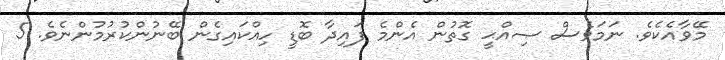
މޭވާއެކެވެ. ނަމަވެސް ޞިއްޙީ ގޮތުން އެންމެ ފައިދާ ބޮޑީ ހިއްކައިގެން ބޭނުންކުރުމުންނެވެ. 5